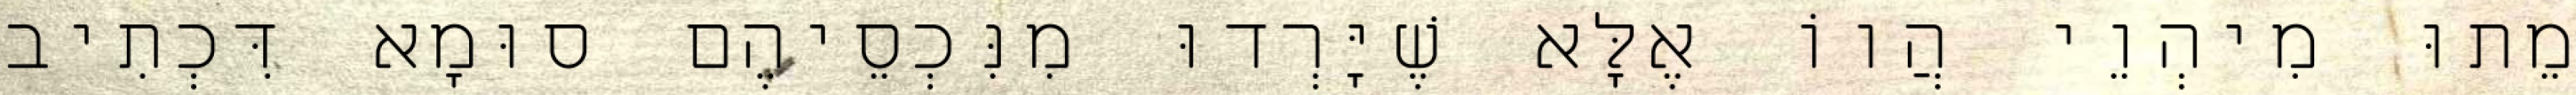
מֵתוּ מִיהְוֵי הֲווֹ אֶלָּא שֶׁיָּרְדוּ מִנִּכְסֵיהֶם סוּמָא דִּכְתִיב